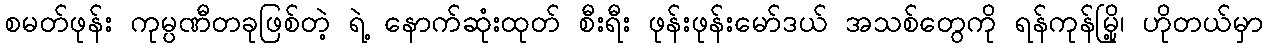
စမတ်ဖုန်း ကုမ္ပဏီတခုဖြစ်တဲ့ ရဲ့ နောက်ဆုံးထုတ် စီးရီး ဖုန်းဖုန်းမော်ဒယ် အသစ်တွေကို ရန်ကုန်မြို့၊ ဟိုတယ်မှာ